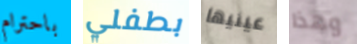
باحترام بطفلي عينيها وهذا